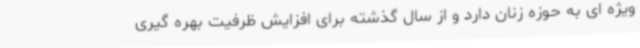
ویژه ای به حوزه زنان دارد و از سال گذشته برای افزایش ظرفیت بهره گیری